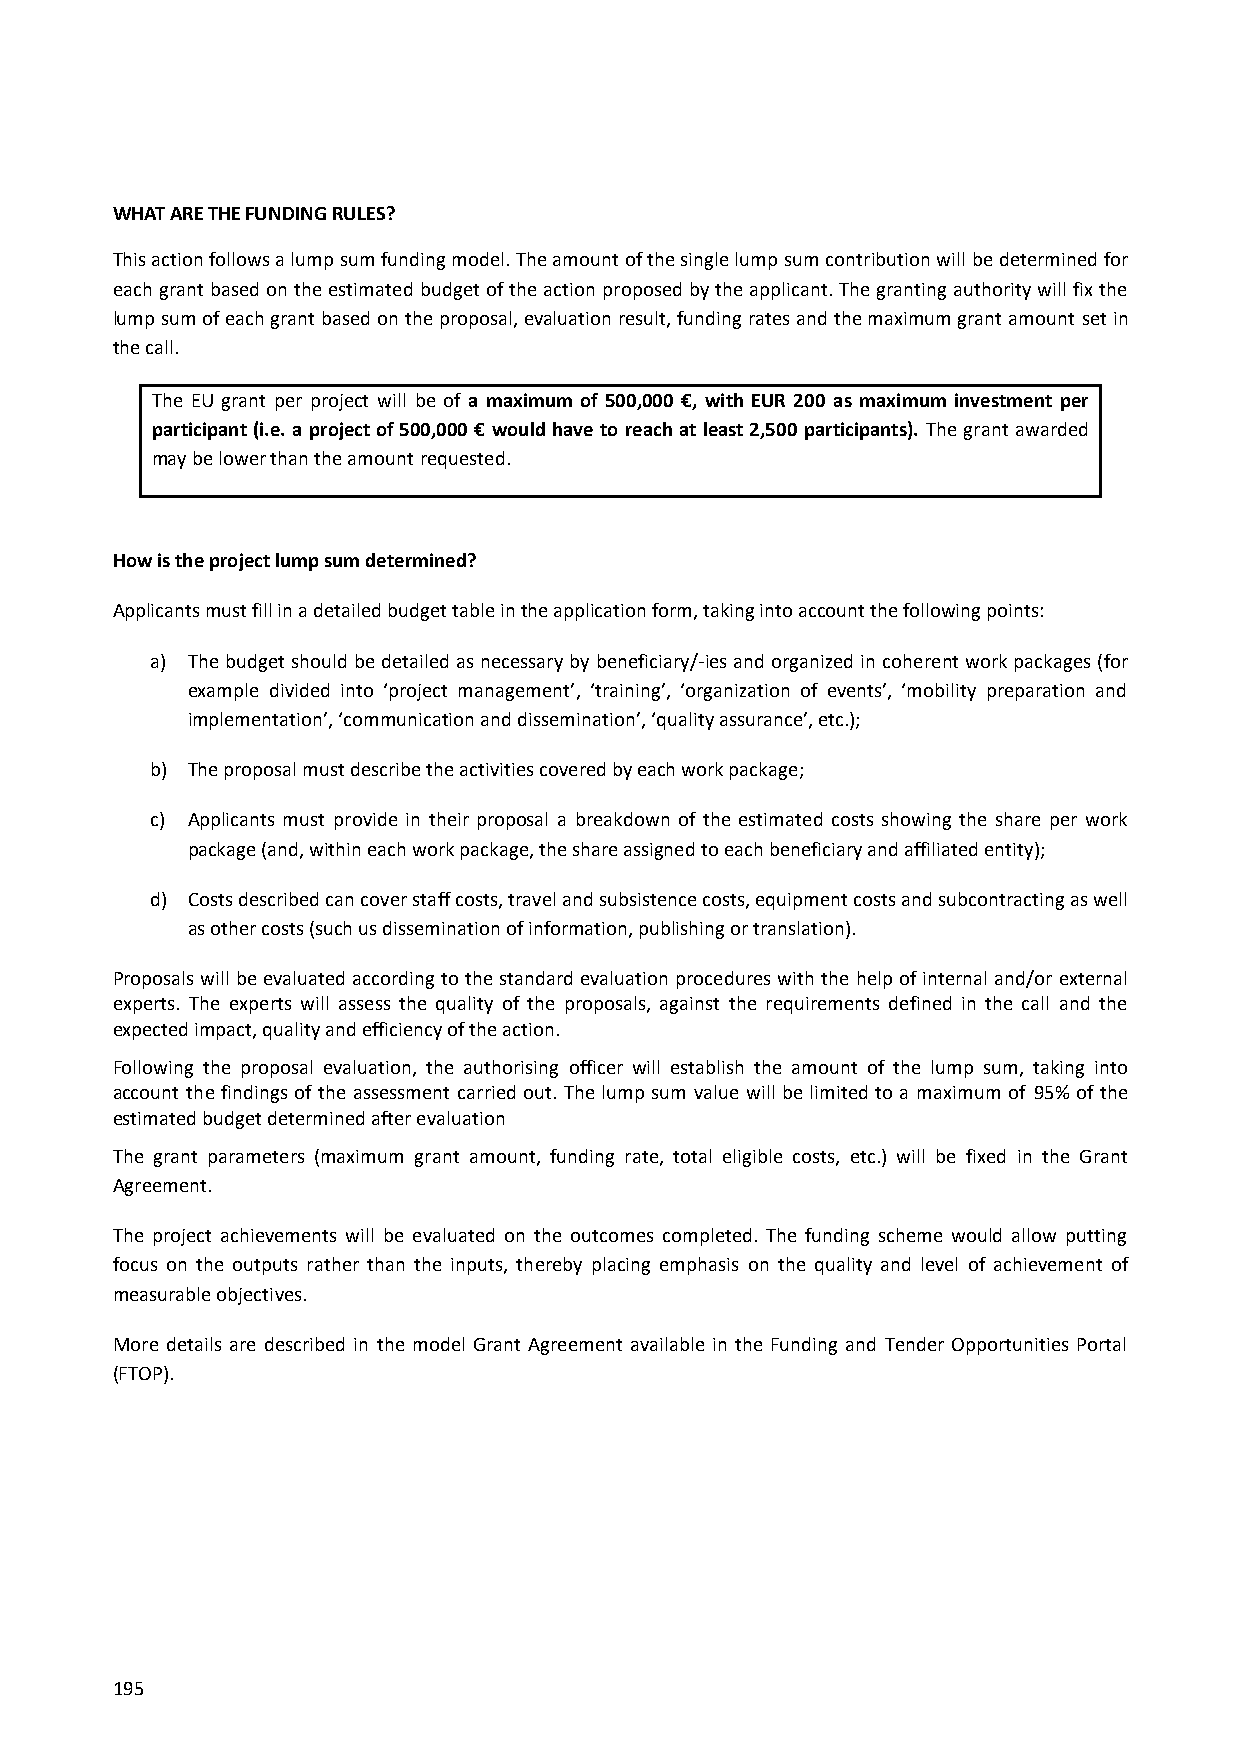
WHAT ARE THE FUNDING RULES?
 This action follows a lump sum funding model. The amount of the single lump sum contribution will be determined for
 each grant based on the estimated budget of the action proposed by the applicant. The granting authority will fix the
 lump sum of each grant based on the proposal, evaluation result, funding rates and the maximum grant amount set in
 the call.
 The EU grant per project will be of a maximum of 500,000 €, with EUR 200 as maximum investment per
 participant (i.e. a project of 500,000 € would have to reach at least 2,500 participants). The grant awarded
 may be lower than the amount requested.
 How is the project lump sum determined?
 Applicants must fill in a detailed budget table in the application form, taking into account the following points:
 a) The budget should be detailed as necessary by beneficiary/-ies and organized in coherent work packages (for
 example divided into ‘project management’, ‘training’, ‘organization of events’, ‘mobility preparation and
 implementation’, ‘communication and dissemination’, ‘quality assurance’, etc.);
 b) The proposal must describe the activities covered by each work package;
 c) Applicants must provide in their proposal a breakdown of the estimated costs showing the share per work
 package (and, within each work package, the share assigned to each beneficiary and affiliated entity);
 d) Costs described can cover staff costs, travel and subsistence costs, equipment costs and subcontracting as well
 as other costs (such us dissemination of information, publishing or translation).
 Proposals will be evaluated according to the standard evaluation procedures with the help of internal and/or external
 experts. The experts will assess the quality of the proposals, against the requirements defined in the call and the
 expected impact, quality and efficiency of the action.
 Following the proposal evaluation, the authorising officer will establish the amount of the lump sum, taking into
 account the findings of the assessment carried out. The lump sum value will be limited to a maximum of 95% of the
 estimated budget determined after evaluation
 The grant parameters (maximum grant amount, funding rate, total eligible costs, etc.) will be fixed in the Grant
 Agreement.
 The project achievements will be evaluated on the outcomes completed. The funding scheme would allow putting
 focus on the outputs rather than the inputs, thereby placing emphasis on the quality and level of achievement of
 measurable objectives.
 More details are described in the model Grant Agreement available in the Funding and Tender Opportunities Portal
 (FTOP).
 195